画像に写った文字を読んでください
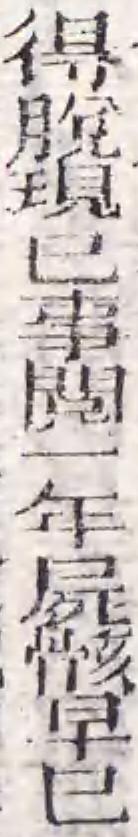
「得脫現巳事閲一年屍骸早巳」と書いてあります